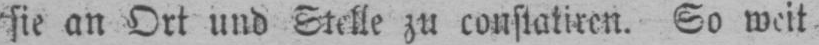
So weit